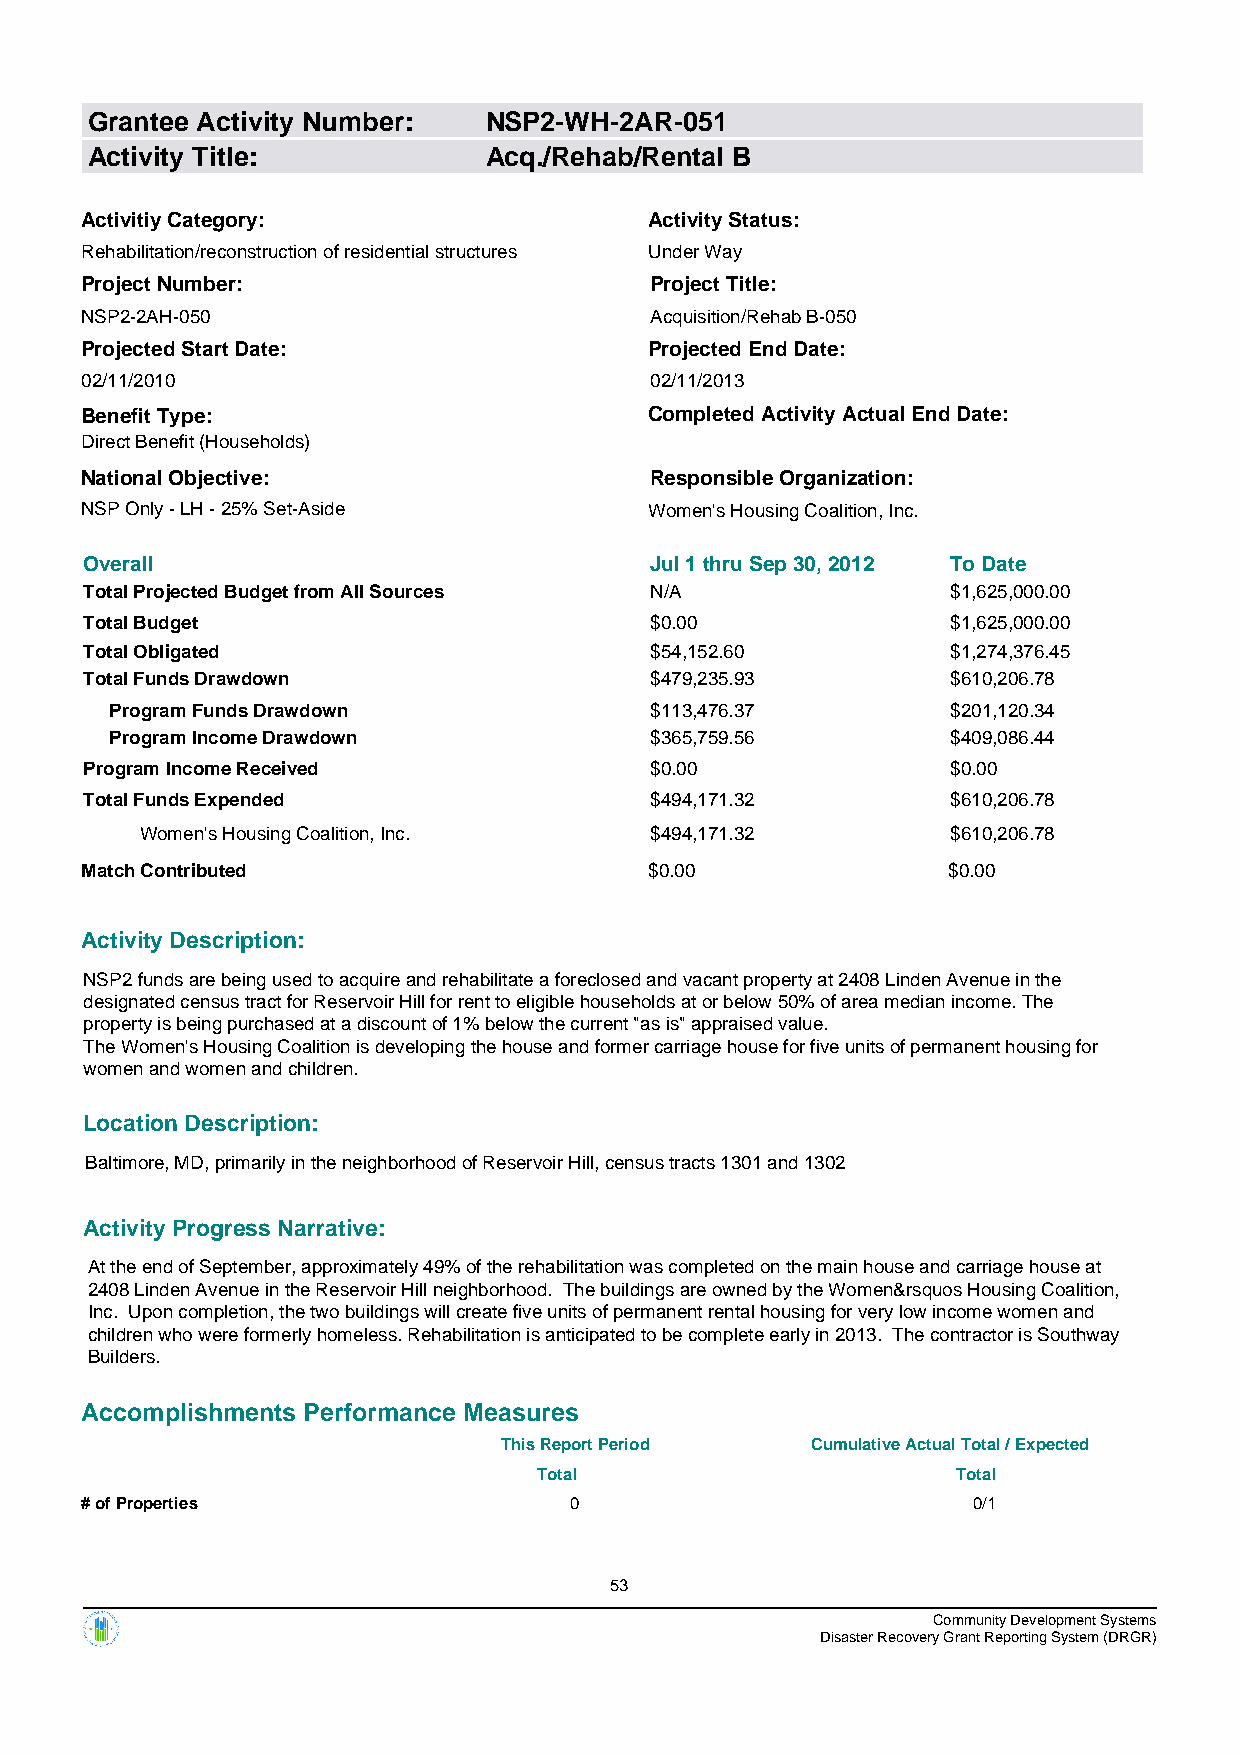
Grantee Activity Number:  NSP2-WH-2AR-051
 Activity Title:           Acq./Rehab/Rental B
 Activitiy Category:                   Activity Status:
 Rehabilitation/reconstruction of residential structures Under Way
 Project Number:                       Project Title:
 NSP2-2AH-050                          Acquisition/Rehab B-050
 Projected Start Date:                 Projected End Date:
 02/11/2010                            02/11/2013
 Benefit Type:                         Completed Activity Actual End Date:
 Direct Benefit (Households)
 National Objective:                   Responsible Organization:
 NSP Only - LH - 25% Set-Aside         Women's Housing Coalition, Inc.
 Overall                              Jul 1 thru Sep 30, 2012 To Date
 Total Projected Budget from All Sources N/A              $1,625,000.00
 Total Budget                         $0.00               $1,625,000.00
 Total Obligated                      $54,152.60          $1,274,376.45
 Total Funds Drawdown                 $479,235.93         $610,206.78
 Program Funds Drawdown              $113,476.37         $201,120.34
 Program Income Drawdown             $365,759.56         $409,086.44
 Program Income Received              $0.00               $0.00
 Total Funds Expended                 $494,171.32         $610,206.78
 Women's Housing Coalition, Inc.   $494,171.32         $610,206.78
 Match Contributed                     $0.00               $0.00
 Activity Description:
 NSP2 funds are being used to acquire and rehabilitate a foreclosed and vacant property at 2408 Linden Avenue in the
 designated census tract for Reservoir Hill for rent to eligible households at or below 50% of area median income. The
 property is being purchased at a discount of 1% below the current "as is" appraised value.
 The Women's Housing Coalition is developing the house and former carriage house for five units of permanent housing for
 women and women and children.
 Location Description:
 Baltimore, MD, primarily in the neighborhood of Reservoir Hill, census tracts 1301 and 1302
 Activity Progress Narrative:
 At the end of September, approximately 49% of the rehabilitation was completed on the main house and carriage house at
 2408 Linden Avenue in the Reservoir Hill neighborhood. The buildings are owned by the Women&rsquos Housing Coalition,
 Inc. Upon completion, the two buildings will create five units of permanent rental housing for very low income women and
 children who were formerly homeless. Rehabilitation is anticipated to be complete early in 2013. The contractor is Southway
 Builders.
 Accomplishments Performance Measures
 This Report Period   Cumulative Actual Total / Expected
 Total                      Total
 # of Properties                  0                         0/1
 53
 Community Development Systems
 Disaster Recovery Grant Reporting System (DRGR)